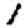
Digit: 1